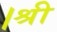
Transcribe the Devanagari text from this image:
।श्री